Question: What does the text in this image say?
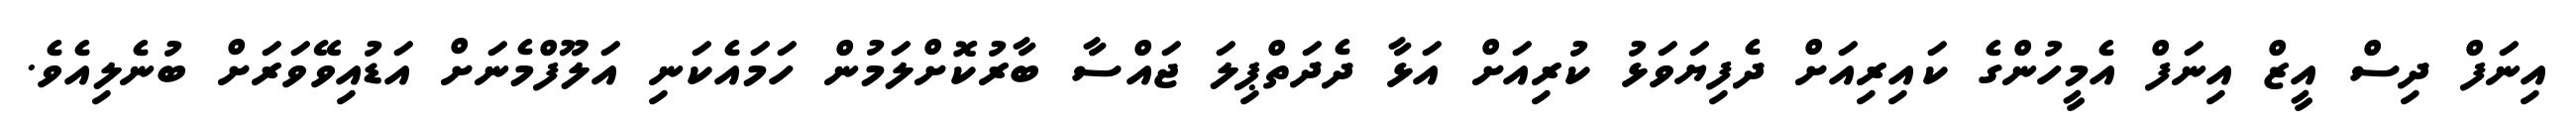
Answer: އިނަފް ދިސް އީޒް އިނަފް އެމީހުންގެ ކައިރިއަށް ދެފިޔަވަޅު ކުރިއަށް އަޅާ ދެދަތްޕިލަ ޖައްސާ ބާރުކޮށްލަމުން ހަމައެކަނި އަލޫފްމެނަށް އަޑުއިވޭވަރަށް ބުނެލިއެވެ.